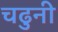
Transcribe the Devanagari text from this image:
चढुनी